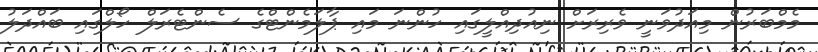
މެމްބަރުން މިއަދުވަނީ ވެރިރަށް ނިއުދިއްލީގައި ހުންނަ މައި ޕާލަމެންޓްގެ ސެންޓެރަލް ހޯލްގައި ބައްދަލު